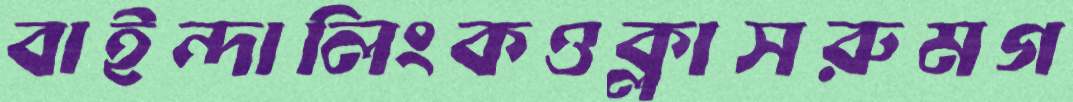
বাইন্দালিংকওক্লাসরুমগ